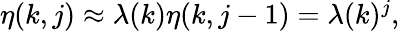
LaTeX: \begin{array}{r}{\eta(k,j)\approx\lambda(k)\eta(k,j-1)=\lambda(k)^{j},}\end{array}